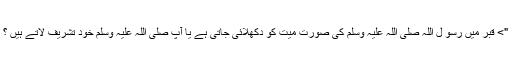
"> قبر میں رسو ل اللہ صلی اللہ علیہ وسلم کی صورت میت کو دکھلائی جاتی ہے یا آپ صلی اللہ علیہ وسلم خود تشریف لاتے ہیں ؟